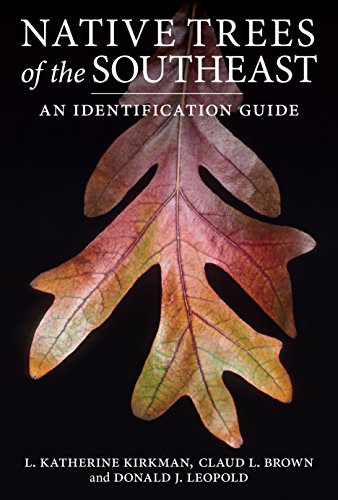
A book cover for Native Trees of the Southeast; L. Katherine Kirkman; Crafts, Hobbies & Home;